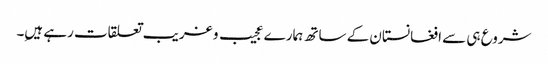
شروع ہی سے افغانستان کے ساتھ ہمارے عجیب و غریب تعلقات رہے ہیںِ۔